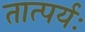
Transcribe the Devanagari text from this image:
तात्पर्यः